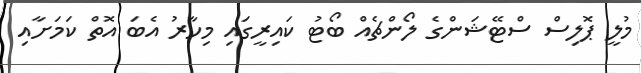
މުލީ ޕޮލިސް ސްޓޭޝަންގެ ލޯންޗެއް ބޯޓު ކައިރީގައި މިހާރު އެބަ އޮތް ކަމަށާއި